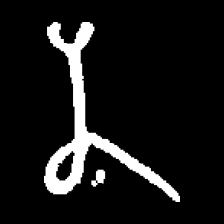
Pyu character \u2014 Myanmar letter: န (romanized: na)